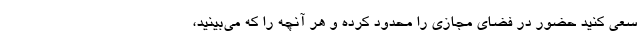
سعی کنید حضور در فضای مجازی را محدود کرده و هر آنچه را که می‌بینید،